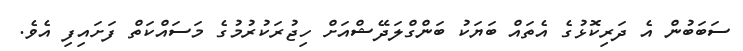
ސަބަބުން އެ ދަރިކޮޅުގެ އެތައް ބަޔަކު ބަންގްލަދޭޝްއަށް ހިޖުރަކުުރުމުގެ މަސައްކަތް ފަށައިފި އެވެ.